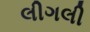
લીગલી